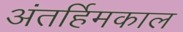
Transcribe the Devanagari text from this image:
अंतर्हिमकाल